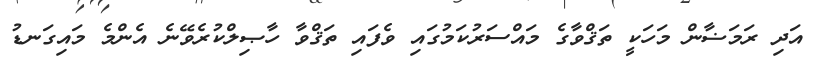
އަދި ރަމަޟާން މަހަކީ ތަޤްވާގެ މައްސަރުކަމުގައި ވެފައި ތަޤްވާ ހާޞިލްކުރެވޭނެ އެންމެ މައިގަނޑު